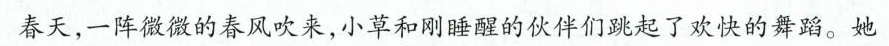
春天，一阵微微的春风吹来，小草和刚睡醒的伙伴们跳起了欢快的舞蹈。她